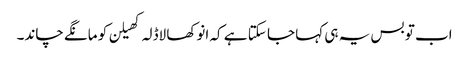
اب تو بس یہ ہی کہا جا سکتا ہے کہ انوکھا لاڈلہ کھیلن کو مانگے چاند۔